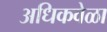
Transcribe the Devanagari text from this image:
अधिकवेळा